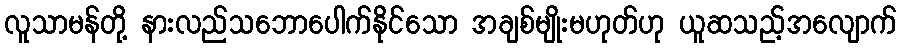
လူသာမန်တို့ နားလည်သဘောပေါက်နိုင်သော အချစ်မျိုးမဟုတ်ဟု ယူဆသည့်အလျောက်